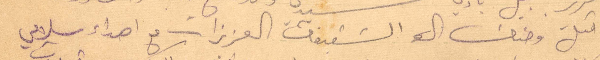
واقبل وجنات الشقيقات العزيزات مع اهداء سلامي